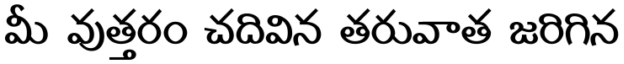
మీ వుత్తరం చదివిన తరువాత జరిగిన